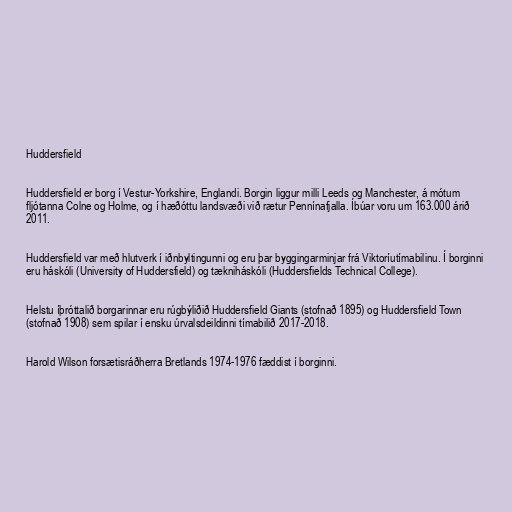
Huddersfield

Huddersfield er borg í Vestur-Yorkshire, Englandi. Borgin liggur milli Leeds og Manchester, á mótum
fljótanna Colne og Holme, og í hæðóttu landsvæði við rætur Pennínafjalla. Íbúar voru um 163.000 árið
2011.

Huddersfield var með hlutverk í iðnbyltingunni og eru þar byggingarminjar frá Viktoríutímabilinu. Í borginni
eru háskóli (University of Huddersfield) og tækniháskóli (Huddersfields Technical College).

Helstu íþróttalið borgarinnar eru rúgbýliðið Huddersfield Giants (stofnað 1895) og Huddersfield Town
(stofnað 1908) sem spilar í ensku úrvalsdeildinni tímabilið 2017-2018.

Harold Wilson forsætisráðherra Bretlands 1974-1976 fæddist í borginni.